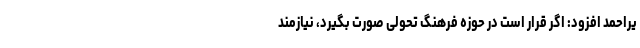
یراحمد افزود: اگر قرار است در حوزه فرهنگ تحولی صورت بگیرد، نیازمند